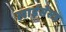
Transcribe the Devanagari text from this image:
लाईसेंसड